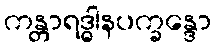
ကန္တာရဒ္ဓါနပက္ခန္ဒော